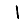
Digit: 1